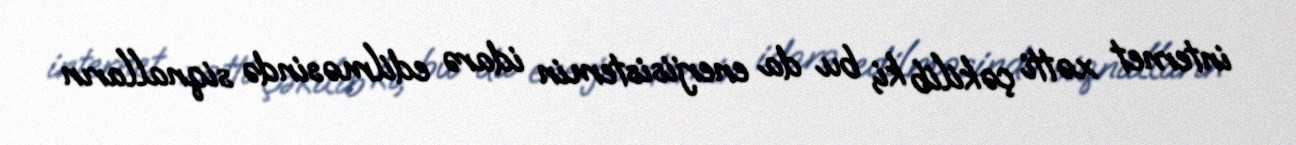
internet xətti çəkilib ki, bu da enerjisistemin idarə edilməsində siqnalların